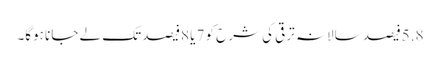
5.8فیصد سالانہ ترقی کی شرح کو 7یا 8فیصدتک لے جانا ہوگا۔